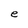
Character: e